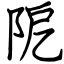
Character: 阸